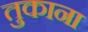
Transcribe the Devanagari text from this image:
तुकाना